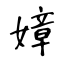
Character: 嫜